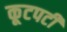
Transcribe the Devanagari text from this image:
कूटपटी